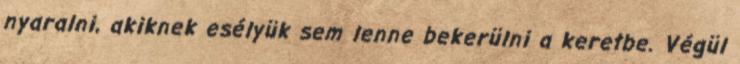
nyaralni, akiknek esélyük sem lenne bekerülni a keretbe. Végül